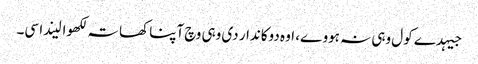
جیہدے کول وہی نہ ہووے، اوہ دوکاندار دی وہی وچ آپنا کھاتہ لکھوا لیندا سی۔